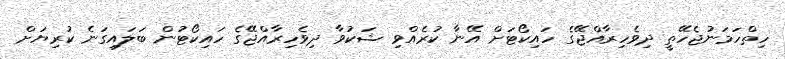
ހިތްހަމަނުޖެހޭތީ ދިވެހިރާއްޖޭގެ ހައިކޯޓަށް އޭނާ ކުރެއްވި ޝަކުވާ ދިވެހިރާއްޖޭގެ ހައިކޯޓުން ބަލައިގަނެ ކުރިޔަށް